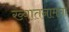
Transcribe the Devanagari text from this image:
ख्यातनामता